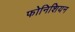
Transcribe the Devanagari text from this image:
फोनिशियन